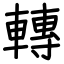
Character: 轉